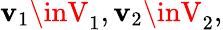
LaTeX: \mathbf{v}_{1}\inV_{1},\mathbf{v}_{2}\inV_{2},